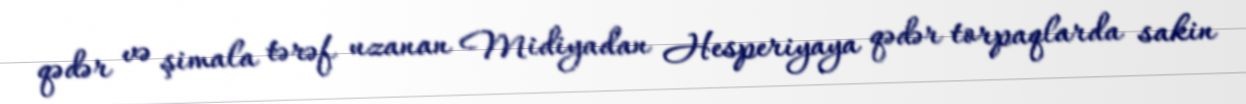
qədər və şimala tərəf uzanan Midiyadan Hesperiyaya qədər torpaqlarda sakin